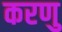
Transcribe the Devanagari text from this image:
करणु